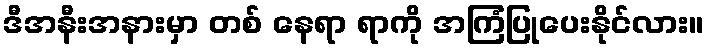
ဒီအနီးအနားမှာ တစ် နေရာ ရာကို အကြံပြုပေးနိုင်လား။